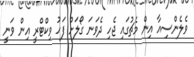
ވެލެންސިއާ އިން މެޗުގައި ޖެހި ދެވަނަ ގޯލަށް ފަހު ވިކްޓްރީ އިން ވަނީ